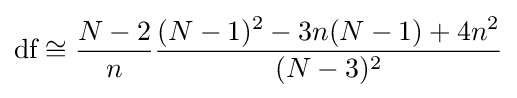
{\text{df}}\cong {\frac {N-2}{n}}{\frac {(N-1)^{2}-3n(N-1)+4n^{2}}{(N-3)^{2}}}